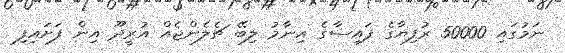
ނަމުގައި 50000 ރުފިޔާގެ ފައިސާގެ އިނާމު ލިބޭ ޗެލެންޖެއް އުރީދޫ އިން ފަށައިފި